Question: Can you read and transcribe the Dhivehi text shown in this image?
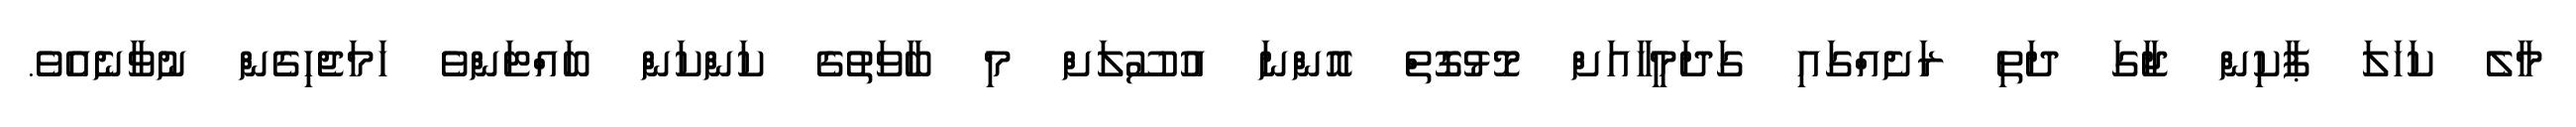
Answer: މާލެ ކަހަލަ ޕާކިން ޖާގަ ދަތި ރަށެއްގައި ގަދަމީހާއަށް މޮޅުގޮތް އޮންނަ އުސޫލަށް މި ބާވަތުގެ ކަންކަން ބައްޓަންވެ ހަމަޖެހިގެން ނުވާނެއެވެ.